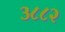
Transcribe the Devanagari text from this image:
३८८२